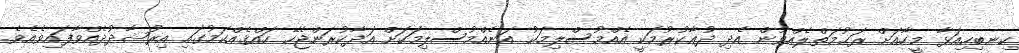
ކިނބިހިއަޅާ މީހާއަށް ރަޙުމަތްލެއްވުން އެދި ދުޢާކުރުމަކީ އެއްމުސްލިމަކު އަނެއްމުސްލިމަކަށް އަދާކުރަންޖެހޭ ހައްޤެއްކަމުގައި އިރުޝާދުދެއްވާފައިވެއެވެ.